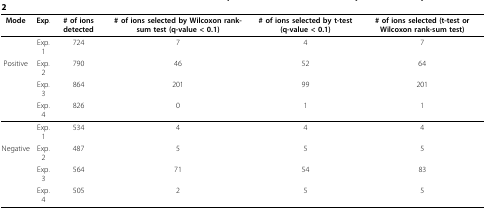
<table><thead><tr><td><b>Mode</b></td><td><b>Exp.</b></td><td><b># of ions detected</b></td><td><b># of ions selected by Wilcoxon rank- sum test (q-value &lt; 0.1)</b></td><td><b># of ions selected by t-test (q-value &lt; 0.1)</b></td><td><b># of ions selected (t-test or Wilcoxon rank-sum test)</b></td></tr></thead><tbody><tr><td></td><td>Exp. 1</td><td>724</td><td>7</td><td>4</td><td>7</td></tr><tr><td>Positive</td><td>Exp. 2</td><td>790</td><td>46</td><td>52</td><td>64</td></tr><tr><td></td><td>Exp. 3</td><td>864</td><td>201</td><td>99</td><td>201</td></tr><tr><td></td><td>Exp. 4</td><td>826</td><td>0</td><td>1</td><td>1</td></tr><tr><td></td><td>Exp. 1</td><td>534</td><td>4</td><td>4</td><td>4</td></tr><tr><td>Negative</td><td>Exp. 2</td><td>487</td><td>5</td><td>5</td><td>5</td></tr><tr><td></td><td>Exp. 3</td><td>564</td><td>71</td><td>54</td><td>83</td></tr><tr><td></td><td>Exp. 4</td><td>505</td><td>2</td><td>5</td><td>5</td></tr></tbody></table>